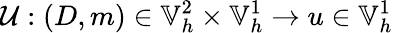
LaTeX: \mathcal{U}:(D,m)\in\mathbb{V}_{h}^{2}\times\mathbb{V}_{h}^{1}\to u\in\mathbb{V}_{h}^{1}